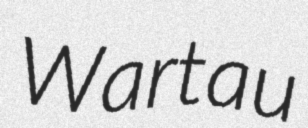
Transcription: Wartau